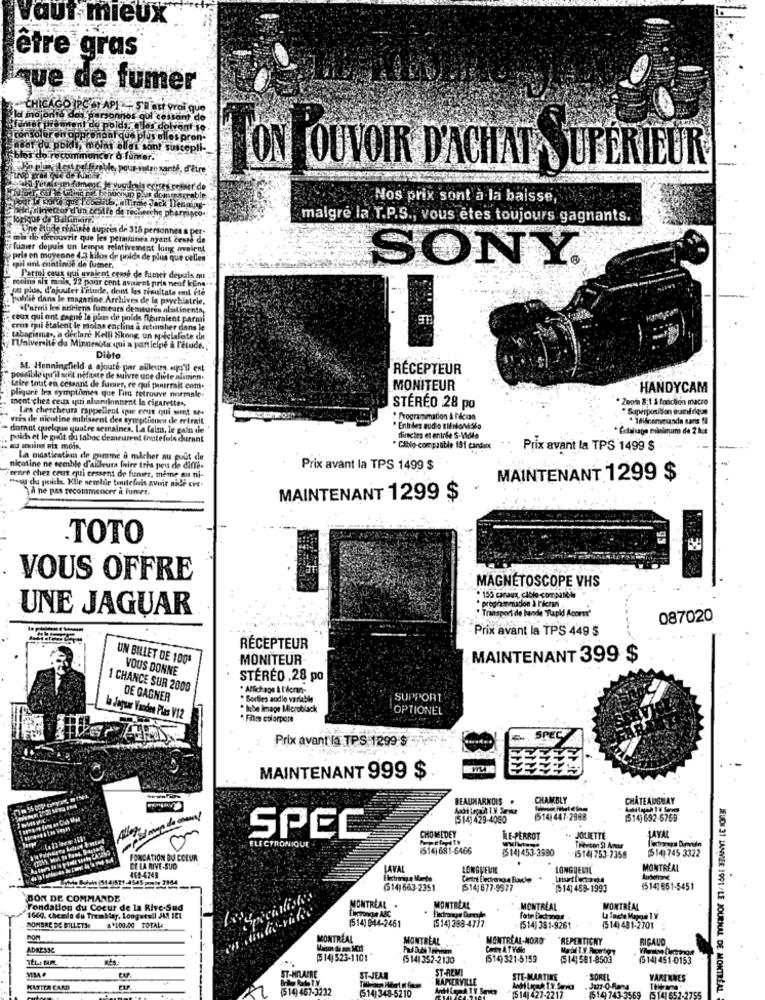
Vaut mieux
être gras
que de fumer
CHICAGO JPC -T API - ST ast vrol que
{idjonto) des personnes gul cestont de
#lamar prameni de poids, elles doivent ie
consolur on appconant que plus alles pron-
t du poids, moins elles sont suscepli-
os do recommencer & fumer.
Ariel Frable, pour votre santé, d'être
ON POUVOIR D'ACHAT SUPÉRIEUR
erde
rable
Nos prix sont à la baisse,
legalingetzur d'un centre de recherche pharma
Jack Denning-
malgré la T.P.S ., vous êtes toujours gagnants.
Une Etude renlinie supres de 318 personnes a per
min do thecouvrir que les permitea ayant ceste de
fumer depuis un lemos relativement long avaient
pris en moyenne 4.3 kilos de'poids de plus que cellen'
SONY.
ipil ant continue de fumer.
reins nif mole, 22 pour cent avairet pris neuf kjins ..
Parmi ceux qui uvaient ceaté de fumer depuis ou
das phas, d'ajouter l'étude, dont les résultats ont été
politie dans le magazine. Archives de la psychiatrie.
.Parmi les neiviens fumeurs demeuren alatinents,
ceux qui ont gagne la plans de poids nhiraient parmi
cris egli étalent le molas enclins a mutisher dans le
tabagianes, a déclaré Kelli Skong, un spécialiste de
TUniversité da Minnesota qui a participé à l'étude ..
Diate
M. Honningfield a ajouté par ailleurs opi'll ent
RÉCEPTEUR
possible qu'il soit néfaste de suivre une divle alimen.
Laire tout en cersanit de fumer, ce qui pourrait com.
MONITEUR
HANDYCAM
pliquer les symptômes que l'i tetrouve normale-
ment chez ceux qui ahanskonsent la cigarette ..
* Zenia 8:1 & fonction macro
Læs chercheura rappellent que ceux qui sont M+
STÉRÉO 28 po
: Superposition aufrique
vres dle nicotine mibissent den symptions de rirait
Programmation A Ficoa
dorant quelque quatre semaines, La faim, le gain de
* Entrées audio BIENonisso
poids et le guet du tabac demeurent (hatefuls durant
directes et entrée S-Viola
* Cible-compatible 191 cand.ox
Prix avant la TPS 1499 $
la masticathin de gamme a micher nu cuit de
nicotine ne semble d'ailleurs Inire tris peu de diffe-
Prix avant la TPS 1499 $
renee chez ceux qui cessent de funes, meme ou ni-
"soy du poiche Ktle nemlie toutefois avoir alle cvt-
MAINTENANT 1299 $
TA ne pas recommencer a funet.
MAINTENANT 1299 $
.TOTO
VOUS OFFRE
MAGNÉTOSCOPE VHS
UNE JAGUAR
* Transport de bande Tupid Access"
087020
Prix avant la TPS 449 $
RÉCEPTEUR
UN BILLET DE 1005
MONITEUR-
MAINTENANT 399 $
VOUS DONNE
STÉRÉO , 28 po
1 CHANCE SUR 2000
* Affichage & l'écran-
DE GAGNER
. Sorties audio variabile
SUPPORT
* habe image Microblack
OPTIONEL
la Jaguar Vanden Plas VIZ
* Faire colorpere
Prix avant la TPS 1299 $
SPEL
MAINTENANT 999 $
BEAUHARNOIS
CHAMBLY
CHÂTEAUGUAY
S14) 29-4060
514) 447-2988
(14)692-6769
CHOMEDEY
SPEC
İLE-PERROT
JOLIETTE
ELECTRONIQUE
1514) 681-6466
(514) 453-3980
(514) 745-3322
FONDATION DU COEUR
* * 1514) 753-7359
CE LA RIVE-SUD
LAVAL
LONGUEUIL
LONGUEUIL
MONTREAL
468-4249
Centre Electrongus Boucher
(514) 663-2351
(14) 677-9577
[514] 453-1993
(5 14] 651-5451
BON DE COMMANDE .
Fondation du Coeur de la Rive-Sud
MONTREAL .
MONTREAL
MONTREAL
MONTREAL
166g. chemia du Tremblay, Longueuil JMM 121
A+100.00 TOTAL
(514] 944-2461
(514) 388-4777
NOMBRE DE BILLETS
(514) 381-9261
(514) 481-2701 *
MONTREAL
MONTREAL
MONTREAL-NORD
"REPENTICNY
RIGALO
ADRESSE
(514) 523-1101
(514) 352-2130
(514) 321-5159
(514) 591-8503
(514) 451-0153
ST-REMI
ST-JEAN
NAPERVILLE
STE-MARTINE
SOREL
VARENNES
KASTER CARD
(514) 467-3232
(514) 348-5210
1514) 427-2217
1514)743.3569
5141 652-2755
JEUDI 31 1ANVER 1991 /LE JOURNAL DE MONTRÉAL